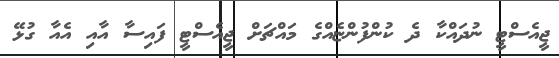
ޖީއެސްޓީ ނުދައްކާ ދެ ކުންފުންޏެއްގެ މައްޗަށް ޖީއެސްޓީ ފައިސާ އާއި އެއާ ގުޅޭ